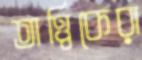
তাত্ত্বিকেরা